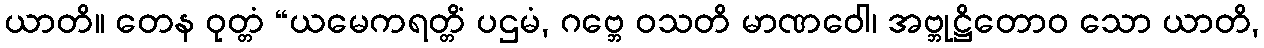
ယာတိ။ တေန ဝုတ္တံ “ယမေကရတ္တိံ ပဌမံ, ဂဗ္ဘေ ဝသတိ မာဏဝေါ၊ အဗ္ဘုဋ္ဌိတောဝ သော ယာတိ,